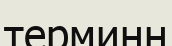
терминн